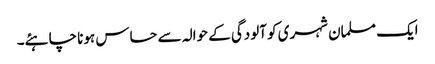
ایک مسلمان شہری کو آلودگی کے حوالہ سے حساس ہونا چاہئے۔